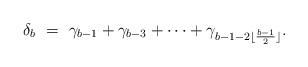
LaTeX: \begin{align*} \delta_b \ = \ \gamma_{b-1} + \gamma_{b-3} + \cdots + \gamma_{b-1 - 2 \lfloor \frac{b-1}{2}\rfloor}.\end{align*}